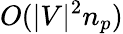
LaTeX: O(|V|^{2}n_{p})